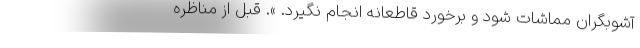
آشوبگران مماشات شود و برخورد قاطعانه انجام نگيرد. ». قبل از مناظره